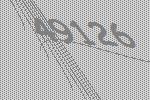
49126